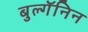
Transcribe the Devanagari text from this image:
बुल्गॅनिन